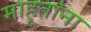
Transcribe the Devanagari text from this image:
माहूतांना